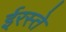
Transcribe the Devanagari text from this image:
ईरस्ते